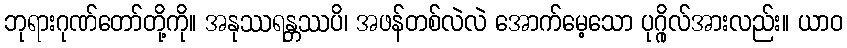
ဘုရားဂုဏ်တော်တို့ကို။ အနုဿရန္တဿပိ၊ အဖန်တစ်လဲလဲ အောက်မေ့သော ပုဂ္ဂိုလ်အားလည်း။ ယာဝ